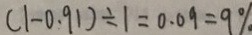
( 1 - 0 . 9 1 ) \div 1 = 0 . 0 9 = 9 \%